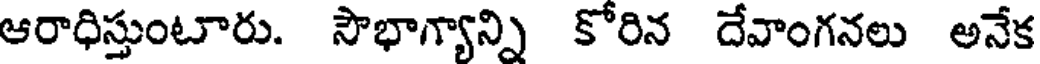
ఆరాధిస్తుంటారు. సౌభాగ్యాన్ని కోరిన దేవాంగనలు అనేక